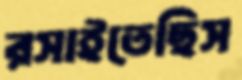
রসাইতেছিস